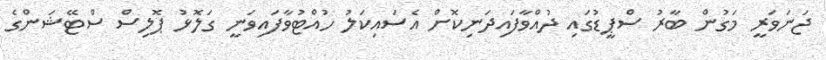
ޖަނަވަރީ މަގުން ބާރު ސްޕީޑުގައި ދުއްވާފައިދަނިކޮށް އެސައިކަލު ހުއްޓުވާފައިވަނީ ގަލޮޅު ޕޮލިސް ސްޓޭޝަންގެ